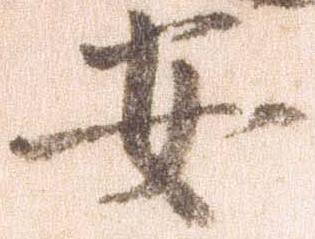
安